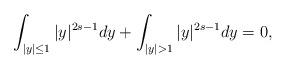
LaTeX: \begin{align*}\int_{|y|\leq 1}|y|^{2s-1}dy+\int_{|y|> 1}|y|^{2s-1}dy=0,\end{align*}